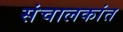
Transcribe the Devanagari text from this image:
संचालकांत